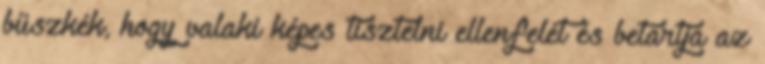
büszkék, hogy valaki képes tisztelni ellenfelét és betartja az